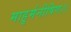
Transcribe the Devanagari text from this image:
माहुर्मनीषिण।।